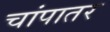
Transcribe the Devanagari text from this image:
चांपातर